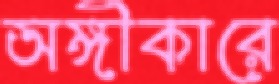
অঙ্গীকারে